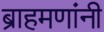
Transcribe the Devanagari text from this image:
ब्राहमणांनी